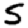
Digit: 5